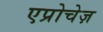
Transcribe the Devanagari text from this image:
एप्रोचेज़